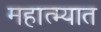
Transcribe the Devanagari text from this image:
महात्म्यात